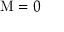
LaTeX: \mathrm { M } = 0